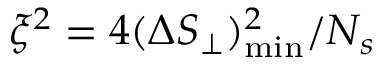
\xi ^ { 2 } = 4 ( \Delta S _ { \perp } ) _ { \mathrm { m i n } } ^ { 2 } / N _ { s }